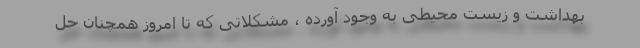
بهداشت و زیست محیطی به وجود آورده ، مشکلاتی که تا امروز همچنان حل